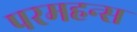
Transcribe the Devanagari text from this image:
परमहन्स